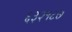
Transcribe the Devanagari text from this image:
६३२१८७